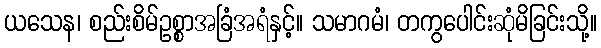
ယသေန၊ စည်းစိမ်ဥစ္စာအခြံအရံနှင့်။ သမာဂမံ၊ တကွပေါင်းဆုံမိခြင်းသို့။